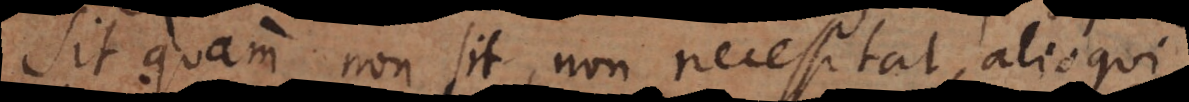
sit quam non sit, non necessitat, alioqui